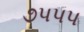
૭પપપ